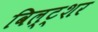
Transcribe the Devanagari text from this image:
विल्ट्शर